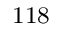
^ \mathrm { 1 1 8 }